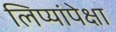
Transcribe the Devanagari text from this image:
लिप्यांपेक्षा